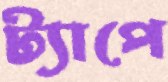
ট্যাপে